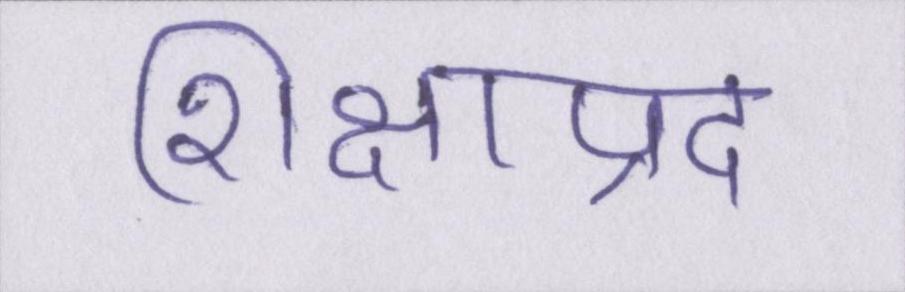
शिक्षाप्रद